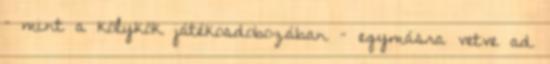
– mint a kölykök játékosdobozában – egymásra vetve ad